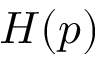
H ( p )